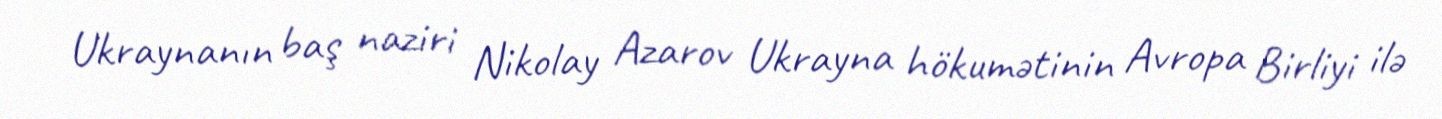
Ukraynanın baş naziri Nikolay Azarov Ukrayna hökumətinin Avropa Birliyi ilə